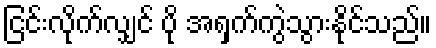
ငြင်းလိုက်လျှင် ပို အရှက်ကွဲသွားနိုင်သည်။